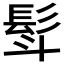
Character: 𮪿